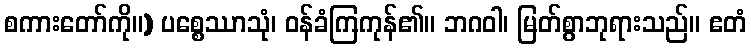
စကားတော်ကို။) ပစ္စေဿာသုံ၊ ဝန်ခံကြကုန်၏။ ဘဂဝါ၊ မြတ်စွာဘုရားသည်။ ဧတံ